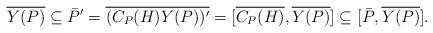
LaTeX: \begin{align*}\overline{Y(P)} \subseteq \bar{P}' = \overline{(C_P(H)Y(P))'} = [\overline{C_P(H)}, \overline{Y(P)}] \subseteq [\bar{P}, \overline{Y(P)}].\end{align*}